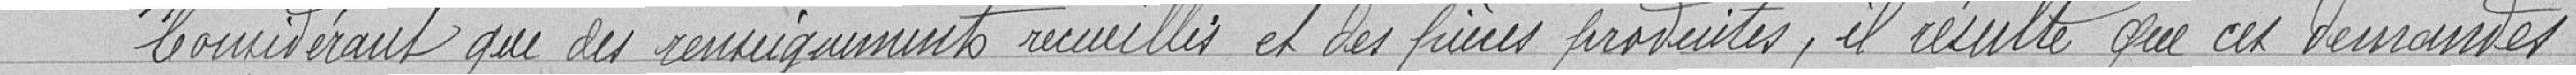
Considérant que des renseignements recueillis et des pièces produites, il résulte que ces demandes